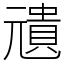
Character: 𠒺